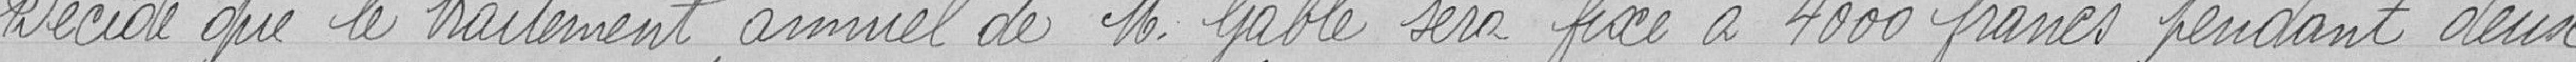
Décide que le traitement annuel de M. Gable sera fixé à 4000 francs pendant deux